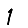
Digit: 1